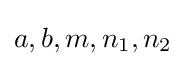
a,b,m,n_{1},n_{2}